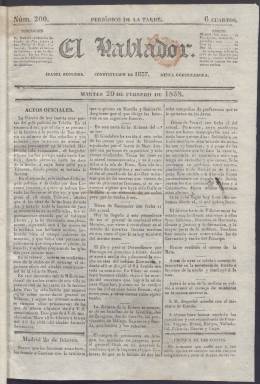
Título: El Hablador (Madrid)
Colección: Periódicos anteriores a 1850
Ámbito geográfico: Madrid
Lugar de publicación: Madrid
Fechas: 20/02/1838-16/07/1838